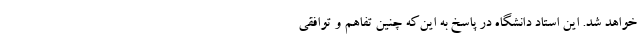
خواهد شد. این استاد دانشگاه در پاسخ به این‌که چنین تفاهم و توافقی